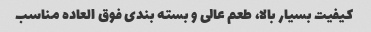
کیفیت بسیار بالا، طعم عالی و بسته بندی فوق العاده مناسب